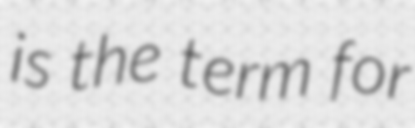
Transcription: is the term for